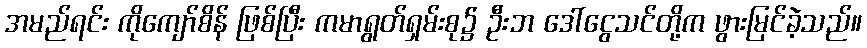
အမည်ရင်း ကိုကျော်စိန် ဖြစ်ပြီး ကမာရွတ်ရှမ်းစု၌ ဦးဘ ဒေါ်ငွေသင်တို့က ဖွားမြင်ခဲ့သည်။